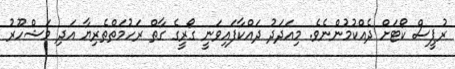
ރުޕީސް ކޯޓަށް ދެއްކުމުންނެވެ. މިއަދަދު ދައްކާފައިވަނީ ގޯރީގެ ގާތް ރަހުމަތްތެރިޔާ އަދި މަޝްހޫރު